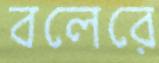
বলেরে